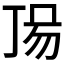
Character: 𠀵